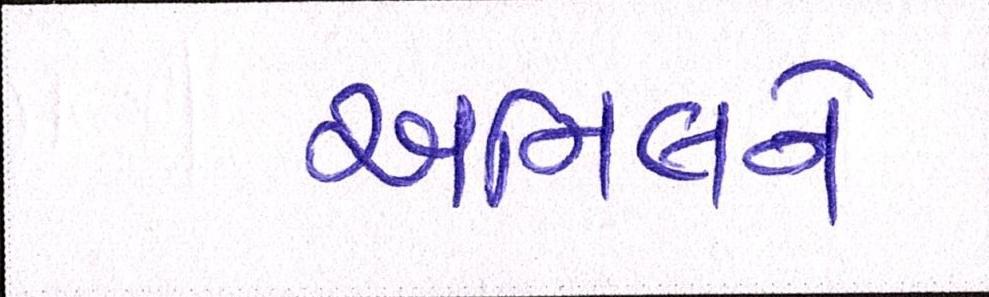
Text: અનિલને